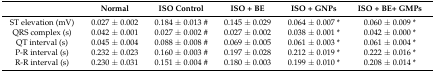
|  | Normal | ISO Control | ISO + BE | ISO + GNPs | ISO + BE+ GMPs |
 | --- | --- | --- | --- | --- | --- |
 | ST elevation (mV) | 0.027 ± 0.002 | 0.184 ± 0.013 # | 0.145 ± 0.029 | 0.064 ± 0.007 * | 0.060 ± 0.009 * |
 | QRS complex (s) | 0.042 ± 0.001 | 0.027 ± 0.002 # | 0.027 ± 0.002 | 0.038 ± 0.001 * | 0.042 ± 0.000 * |
 | QT interval (s) | 0.045 ± 0.004 | 0.088 ± 0.008 # | 0.069 ± 0.005 | 0.061 ± 0.003 * | 0.061 ± 0.004 * |
 | P-R interval (s) | 0.232 ± 0.023 | 0.160 ± 0.003 # | 0.197 ± 0.028 | 0.212 ± 0.019 * | 0.222 ± 0.016 * |
 | R-R interval (s) | 0.230 ± 0.031 | 0.151 ± 0.004 # | 0.180 ± 0.003 | 0.199 ± 0.010 * | 0.208 ± 0.014 * |